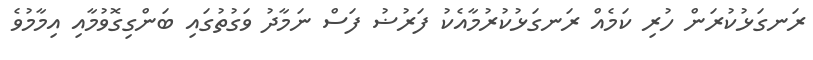
ރަނގަޅުކުރަން ހުރި ކަމެއް ރަނގަޅުކުރުމާއެކު ފަރުޟު ފަސް ނަމާދު ވަގުތުގައި ބަންގިގޮވުމާއި އިމާމުވެ